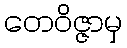
တေဝိဇ္ဇာမှ